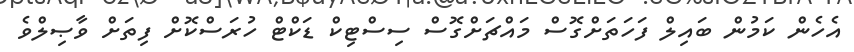
އެހެން ކަމުން ބައިލް ފަހަތަށްގޮސް މައްޗަށްގޮސް ސިސްޓިކް ޑަކްޓް ހުރަސްކޮށް ފިތަށް ވާޞިލްވެ